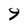
Character: 9